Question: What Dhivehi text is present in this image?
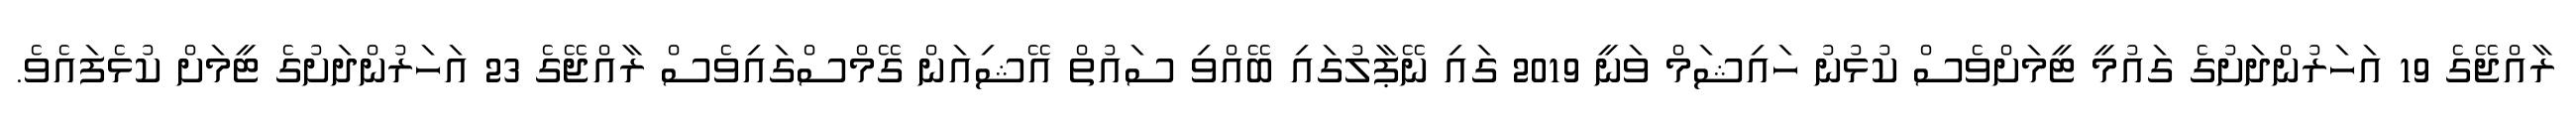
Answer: ރާއްޖޭގެ 19 އަހަރުންދަށުގެ ގައުމީ ޓީމަށްވެސް ކުޅުނު ހައިޝަމް ވަނީ 2019 ގައި ނޭޕާލުގައި ބޭއްވި ސައުތް އޭޝިއަން ގޭމްސްގައިވެސް ރާއްޖޭގެ 23 އަހަރުންދަށުގެ ޓީމަށް ކުޅެފައެވެ.